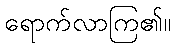
ရောက်လာကြ၏။